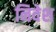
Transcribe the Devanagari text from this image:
निवेश